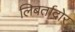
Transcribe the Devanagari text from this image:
लिबर्तादोर